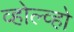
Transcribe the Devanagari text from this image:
व्होल्व्हो